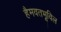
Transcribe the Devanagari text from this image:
हैमवतभूविल